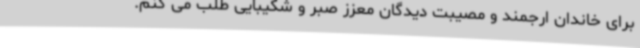
برای خاندان ارجمند و مصیبت دیدگان معزز صبر و شکیبایی طلب می کنم.